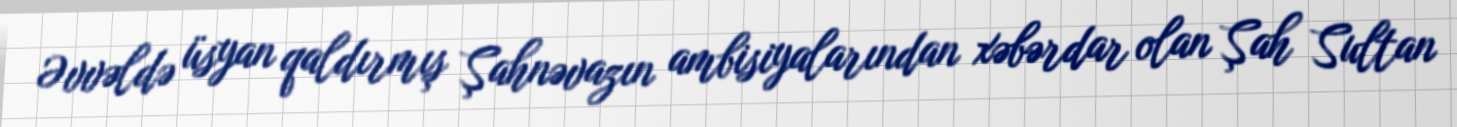
Əvvəldə üsyan qaldırmış Şahnəvazın ambisiyalarından xəbərdar olan Şah Sultan